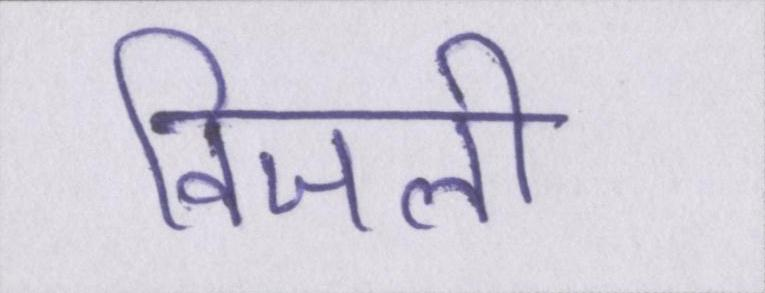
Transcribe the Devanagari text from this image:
विजली